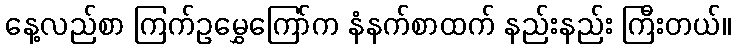
နေ့လည်စာ ကြက်ဥမွှေကြော်က နံနက်စာထက် နည်းနည်း ကြီးတယ်။